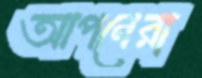
আপনেরা